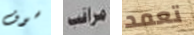
سوف مراقب تعمد